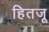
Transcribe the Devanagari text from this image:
हितजू